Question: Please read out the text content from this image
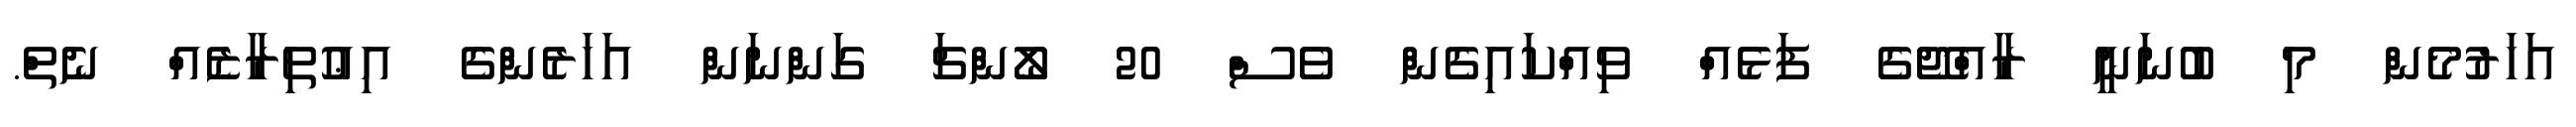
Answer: އަހަރުމެން މި ބުނަނީ ރާއްޖޭގެ ފަޅެއް ވިއްކައިގެން ވެސް 20 ލޯންޗަ ގަންނަން އަހަރެންގެ އިޢުތިރާޒެއް ނެތް.